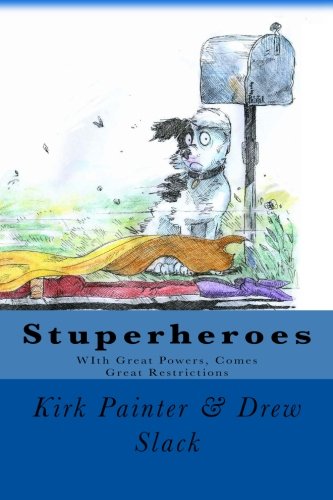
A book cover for Stuperheroes: With great powers, come great restrictions; Mr. Kirk Painter; Humor & Entertainment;